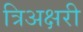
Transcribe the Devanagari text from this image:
त्रिअक्षरी